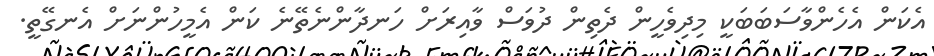
އެކަން އެހެންވާސަބަބަކީ މިދިވެހީން ދެތިން ދުވަސް ވާއިރަށް ހަނދާންނެތޭނެ ކަން އެމީހުންނަށް އެނގޭތީ.